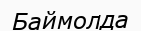
Баймолда